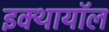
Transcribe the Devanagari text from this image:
इक्थायॉल